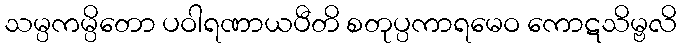
သမ္ပကမ္ပိတော ပဝါရဏာယပီတိ စတုပ္ပကာရမေဝ ကောဋသိမ္ဗလိ